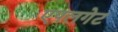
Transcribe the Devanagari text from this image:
एपलगेट